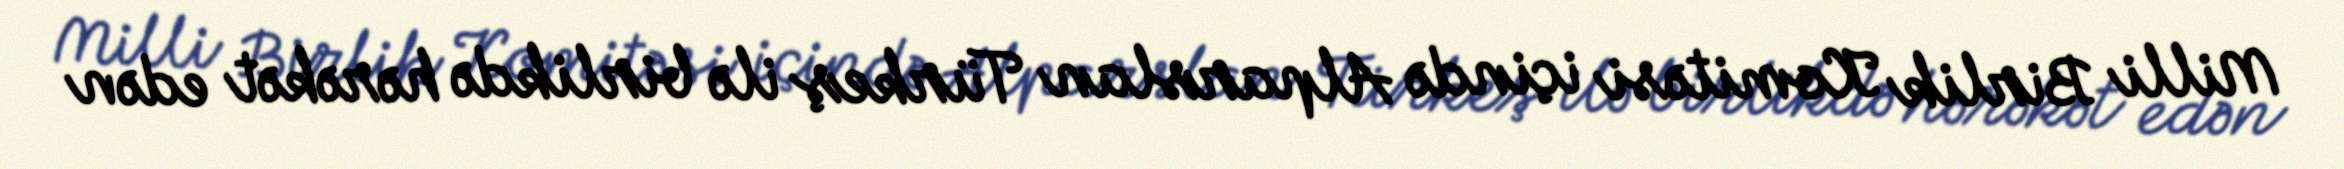
Milli Birlik Komitəsi içində Alparslan Türkeş ilə birlikdə hərəkət edən